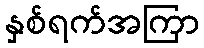
နှစ်ရက်အကြာ